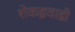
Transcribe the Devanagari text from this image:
शेकइवाडी